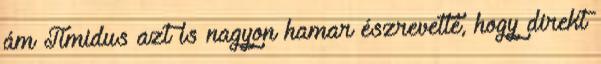
ám Timidus azt is nagyon hamar észrevette, hogy direkt